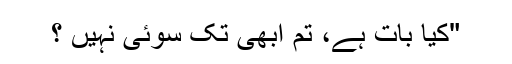
"کیا بات ہے، تم ابھی تک سوئی نہیں ؟